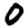
Digit: 0